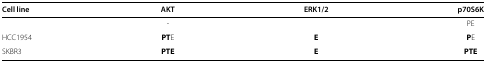
<table><thead><tr><td><b>Cell line</b></td><td><b>AKT</b></td><td><b>ERK1/2</b></td><td><b>p70S6K</b></td></tr></thead><tbody><tr><td>[EMPTY_CELL]</td><td>-</td><td>[EMPTY_CELL]</td><td>PE</td></tr><tr><td>HCC1954</td><td><b>PT</b>E</td><td><b>E</b></td><td><b>P</b>E</td></tr><tr><td>SKBR3</td><td><b>PTE</b></td><td><b>E</b></td><td><b>PTE</b></td></tr></tbody></table>